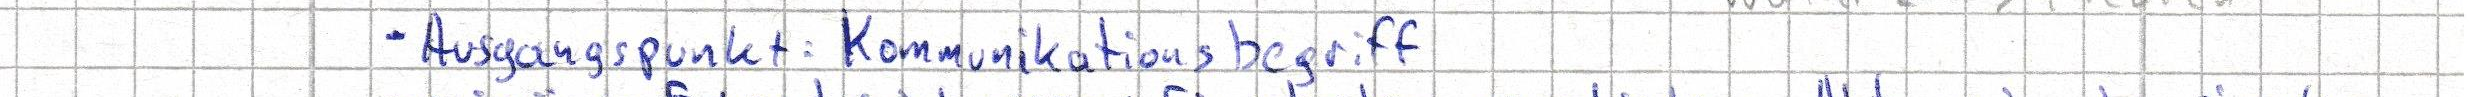
- Ausgangspunkt: Kommunikationsbegriff